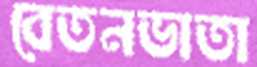
বেতনভাতা